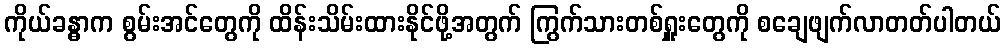
ကိုယ်ခန္ဓာက စွမ်းအင်တွေကို ထိန်းသိမ်းထားနိုင်ဖို့အတွက် ကြွက်သားတစ်ရှူးတွေကို စချေဖျက်လာတတ်ပါတယ်